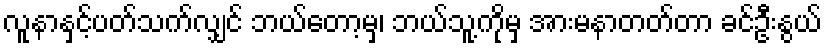
လူနာနှင့်ပတ်သက်လျှင် ဘယ်တော့မှ၊ ဘယ်သူ့ကိုမှ အားမနာတတ်တာ ခင်ဦးနွယ်